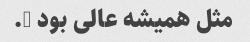
مثل همیشه عالی بود ….